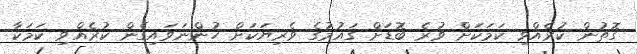
ގޮތުން ކުރެއްވި ކަމަކަށް ވުރެ ބޮޑަށް ގައުމުގެ ވެރިޔަކަށް ހުންނަވައިގެން ކުރެއްވި ކަމަކާ